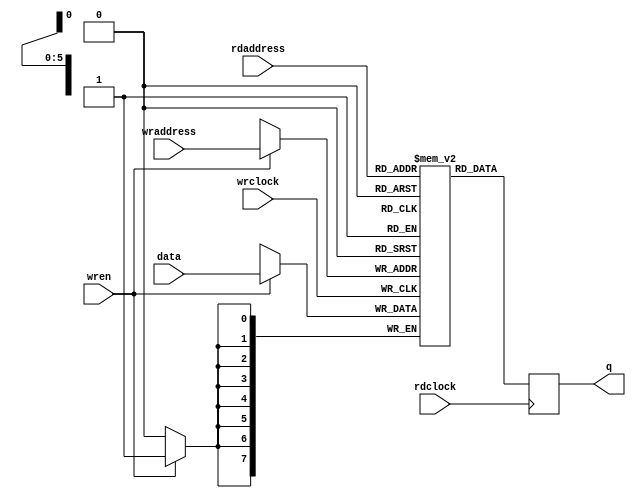
module dp_ram_display
#(parameter DATA_WIDTH=8, parameter ADDR_WIDTH=6)
(
	input [(DATA_WIDTH-1):0] data,
	input [(ADDR_WIDTH-1):0] rdaddress, wraddress,
	input wren, rdclock, wrclock,
	output reg [DATA_WIDTH-1:0] q
);
	
	reg [DATA_WIDTH-1:0] ram[2**ADDR_WIDTH-1:0];
	
	always @ (posedge wrclock)
	begin
		// Write
		if (wren)
			ram[wraddress] <= data;
	end
	
	always @ (posedge rdclock)
	begin
		// Read 
		q <= ram[rdaddress];
	end
	
endmodule